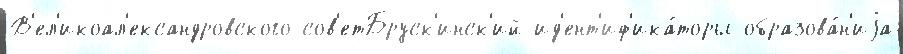
В'ел'икоал'ександровского сов'етБруск'инск'ий ид'ент'иф'ика́торы образова́н'иjа